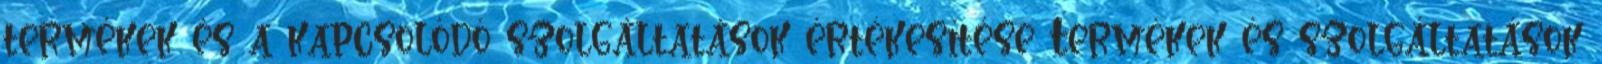
termékek és a kapcsolódó szolgáltatások értékesítése Termékek és szolgáltatások